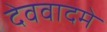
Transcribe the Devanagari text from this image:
देववादमे